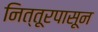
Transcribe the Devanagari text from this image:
नित्तूरपासून